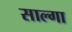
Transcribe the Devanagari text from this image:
साल्गा